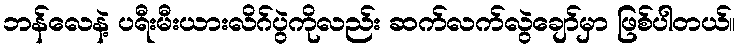
ဘန်လေနဲ့ ပရီးမီးယားလိဂ်ပွဲကိုလည်း ဆက်လက်လွဲချော်မှာ ဖြစ်ပါတယ်။